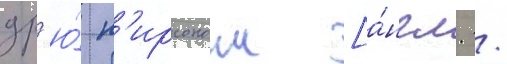
др'ю́ п'ирсоном [а́нгл. /